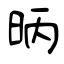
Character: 昞